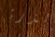
الذرة